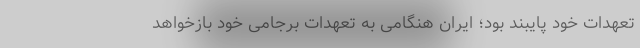
تعهدات خود پایبند بود؛ ایران هنگامی به تعهدات برجامی خود بازخواهد